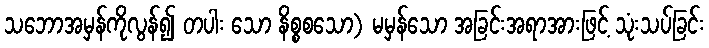
သဘောအမှန်ကိုလွန်၍ တပါး သော နိစ္စစသော) မမှန်သော အခြင်းအရာအားဖြင့် သုံးသပ်ခြင်း